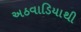
અઠવાડિયાથી